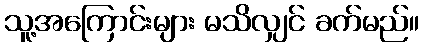
သူ့အကြောင်းများ မသိလျှင် ခက်မည်။